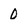
Character: 0